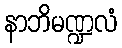
နာဘိမဏ္ဍလံ